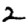
Digit: 2